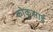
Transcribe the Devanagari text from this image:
कोकुसाई